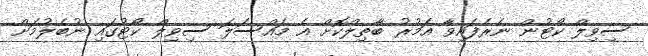
ސިވިލް ކޯޓުން ނެރެފައިވާ އަމުރު ބާތިލްކޮށް އެ މައްސަލަ ސިވިލް ކޯޓުގައި ނުބެލުމަށް